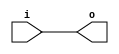
module bsg_transpose_width_p2_els_p1
(
  i,
  o
);

  input [1:0] i;
  output [1:0] o;
  wire [1:0] o;
  assign o[1] = i[1];
  assign o[0] = i[0];

endmodule